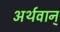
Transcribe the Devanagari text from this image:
अर्थवान्